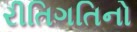
રીતિગતિનો